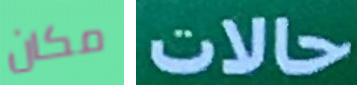
مكان حالات